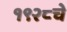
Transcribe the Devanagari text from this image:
१९२८चे